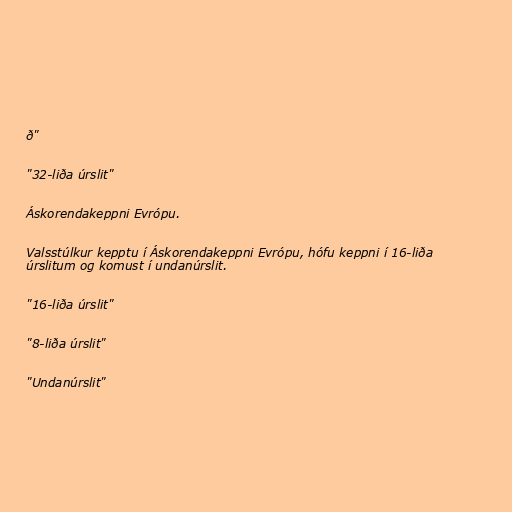
ð"

"32-liða úrslit"

Áskorendakeppni Evrópu.

Valsstúlkur kepptu í Áskorendakeppni Evrópu, hófu keppni í 16-liða
úrslitum og komust í undanúrslit.

"16-liða úrslit"

"8-liða úrslit"

"Undanúrslit"